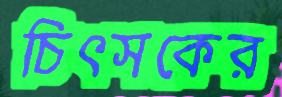
চিৎসকের